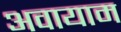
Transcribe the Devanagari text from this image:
अवायाम